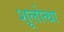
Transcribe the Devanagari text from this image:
शूलोत्था